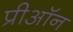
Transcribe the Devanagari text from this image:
प्रीऑन